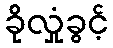
ခိုလှုံခွင့်